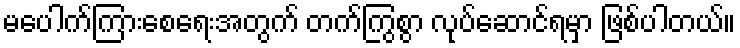
မပေါက်ကြားစေရေးအတွက် တက်ကြွစွာ လုပ်ဆောင်ရမှာ ဖြစ်ပါတယ်။